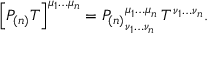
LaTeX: \left[ P _ { ( n ) } T \right] ^ { \mu _ { 1 } \ldots \mu _ { n } } = { P _ { ( n ) } } _ { \nu _ { 1 } \ldots \nu _ { n } } ^ { \mu _ { 1 } \ldots \mu _ { n } } \, T ^ { \, \nu _ { 1 } \ldots \nu _ { n } } .